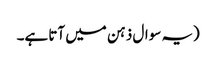
(یہ سوال ذہن میں آتا ہے۔